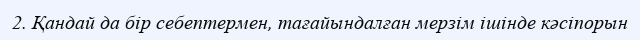
2. Қандай да бір себептермен, тағайындалған мерзім ішінде кәсіпорын